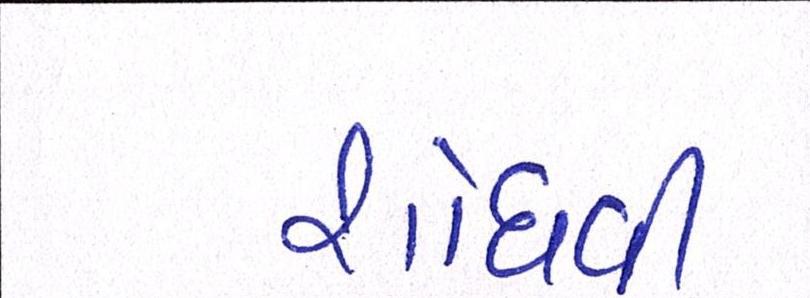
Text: શોધવી